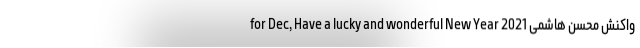
for Dec, Have a lucky and wonderful New Year 2021 واکنش محسن هاشمی